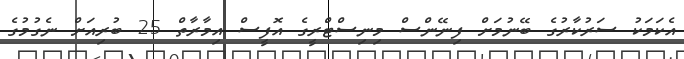
އެކަމަކު ސަރުކާރުގެ ބޭނުމަށް ފިނޭންސް މިނިސްޓްރީގެ އޮފީސް އިމާރާތް 25 ބުރިއަށް ނެގުމުގެ